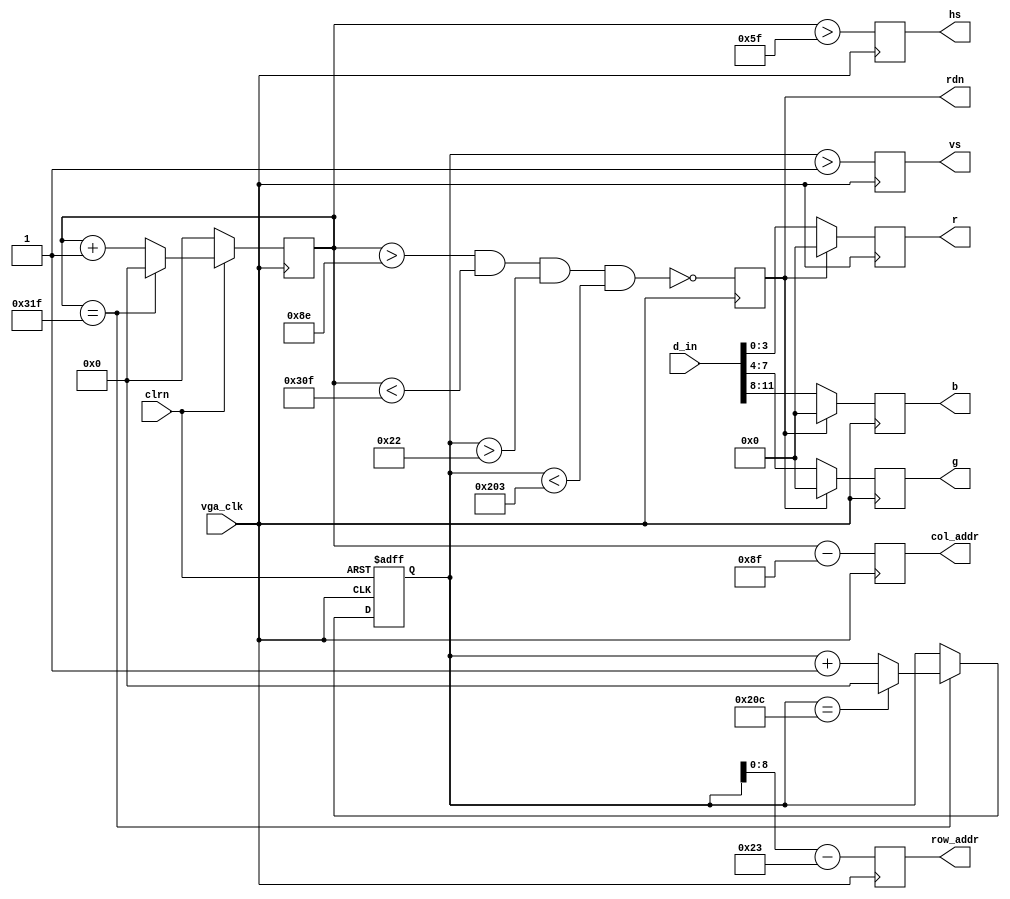
module vgac (vga_clk,clrn,d_in,row_addr,col_addr,rdn,r,g,b,hs,vs); // vgac
   input     [11:0] d_in;     // bbbb_gggg_rrrr, pixel
   input            vga_clk;  // 25MHz
   input            clrn;
   output reg [8:0] row_addr; // pixel ram row address, 480 (512) lines
   output reg [9:0] col_addr; // pixel ram col address, 640 (1024) pixels
   output reg [3:0] r,g,b; // red, green, blue colors
   output reg       rdn;      // read pixel RAM (active_low)
   output reg       hs,vs;    // horizontal and vertical synchronization
   // h_count: VGA horizontal counter (0-799)
   reg [9:0] h_count; // VGA horizontal counter (0-799): pixels
   always @ (posedge vga_clk) begin
       if (!clrn) begin
           h_count <= 10'h0;
       end else if (h_count == 10'd799) begin
           h_count <= 10'h0;
       end else begin 
           h_count <= h_count + 10'h1;
       end
   end
   // v_count: VGA vertical counter (0-524)
   reg [9:0] v_count; // VGA vertical   counter (0-524): lines
   always @ (posedge vga_clk or negedge clrn) begin
       if (!clrn) begin
           v_count <= 10'h0;
       end else if (h_count == 10'd799) begin
           if (v_count == 10'd524) begin
               v_count <= 10'h0;
           end else begin
               v_count <= v_count + 10'h1;
           end
       end
   end
    // signals, will be latched for outputs
    wire  [9:0] row    =  v_count - 10'd35;     // pixel ram row addr 
    wire  [9:0] col    =  h_count - 10'd143;    // pixel ram col addr 
    wire        h_sync = (h_count > 10'd95);    //  96 -> 799
    wire        v_sync = (v_count > 10'd1);     //   2 -> 524
    wire        read   = (h_count > 10'd142) && // 143 -> 782
                         (h_count < 10'd783) && //        640 pixels
                         (v_count > 10'd34)  && //  35 -> 514
                         (v_count < 10'd515);   //        480 lines
    // vga signals
    always @ (posedge vga_clk) begin
        row_addr <=  row[8:0]; // pixel ram row address
        col_addr <=  col;      // pixel ram col address
        rdn      <= ~read;     // read pixel (active low)
        hs       <=  h_sync;   // horizontal synchronization
        vs       <=  v_sync;   // vertical   synchronization
        r        <=  rdn ? 4'h0 : d_in[3:0]; // 3-bit red
        g        <=  rdn ? 4'h0 : d_in[7:4]; // 3-bit green
        b        <=  rdn ? 4'h0 : d_in[11:8]; // 3-bit blue
    end
endmodule